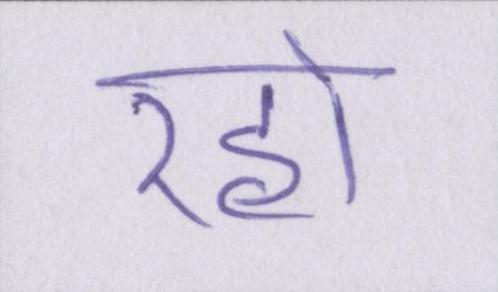
रहो